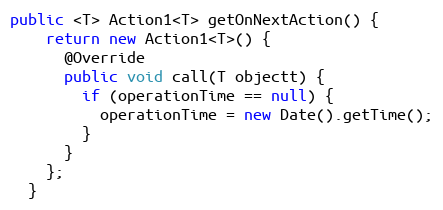
Language: Java
public <T> Action1<T> getOnNextAction() {
    return new Action1<T>() {
      @Override
      public void call(T objectt) {
        if (operationTime == null) {
          operationTime = new Date().getTime();
        }
      }
    };
  }